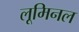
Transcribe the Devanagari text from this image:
लूमिनल